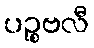
ပဉ္စဗလီ